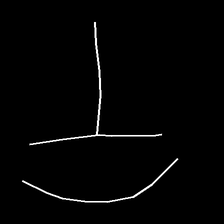
Glyph: dispersion